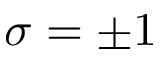
\sigma = \pm 1